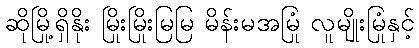
ဆိုမြို့ရှိနိုး မြိုးမြိုးမြမြ မိန်းမအမြုံ လူမျိုးမြုံနှင့်